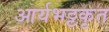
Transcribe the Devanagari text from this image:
आर्यभट्टकृत